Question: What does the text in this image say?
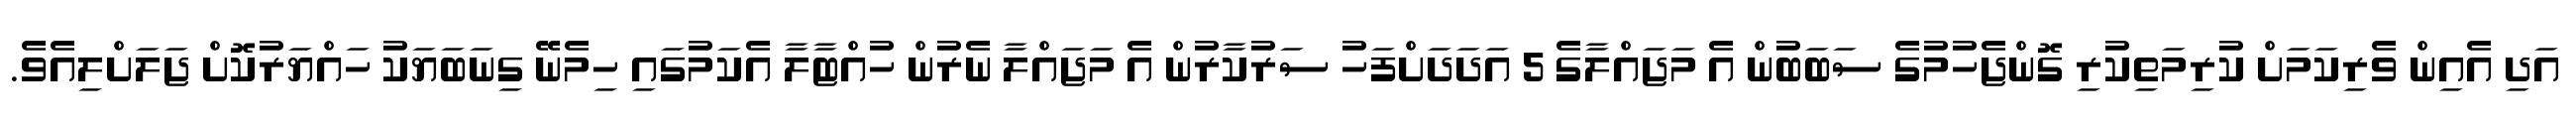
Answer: އަދި އެއިން ވެރިކަމަށް ކުރިމަތިކުރި ގޮންޖެހުމުގެ ސަބަބުން އެ މަޖައްލާގެ 5 އަދަދަށްފަހު ސަރުކާރުން އެ މަޖައްލާ ނެރުން ހުއްޓާލާ އެކަމުގައި ހިމެނޭ ގިނަބަޔަކު ހައްޔަރުކޮށް ޖަލަށްލިއެވެ.